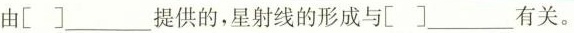
由[]___提供的，星射线的形成与[]___有关。